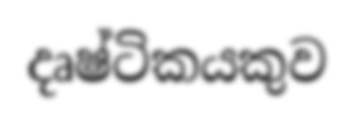
දෘෂ්ටිකයකුව